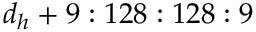
d _ { h } + 9 : 1 2 8 : 1 2 8 : 9